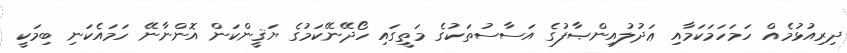
ދިރިއުޅުމެއް ހަމަހަމަކަމާއި ޢަދުލުއިންޞާފުގެ އަސާސުތަކުގެ މަތީގައި ހޯދޭނޭކަމުގެ ޔަޤީންކަން އޮންނާނޭ ހަމައެކަނި ބިމަކީ